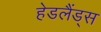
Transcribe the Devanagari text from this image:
हेडलैंड्स